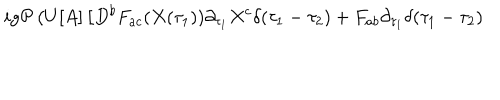
i g { \cal P } \left( U [ A ] \left[ D ^ { b } F _ { a c } ( X ( \tau _ { 1 } ) ) \partial _ { \tau _ { 1 } } X ^ { c } \delta ( \tau _ { 1 } - \tau _ { 2 } ) + F _ { a b } \partial _ { \tau _ { 1 } } \delta ( \tau _ { 1 } - \tau _ { 2 } ) \right. \right.